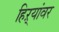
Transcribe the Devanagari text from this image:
हिऱ्यांवर